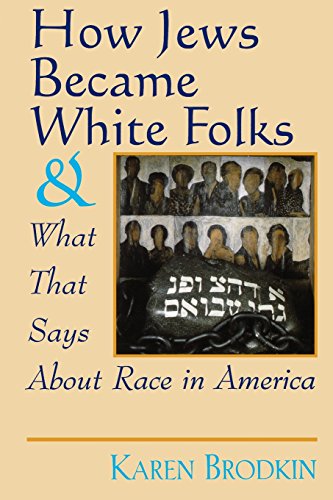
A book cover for How Jews Became White Folks and What That Says About Race in America; Karen Brodkin; Religion & Spirituality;